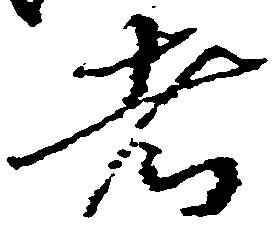
者